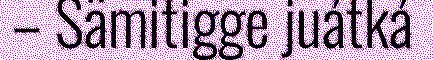
– Sämitigge juátká